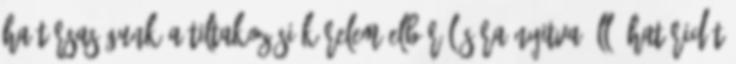
ha Társaságunk a tiltakozási kérelem elbírálására nyitva álló határidőt